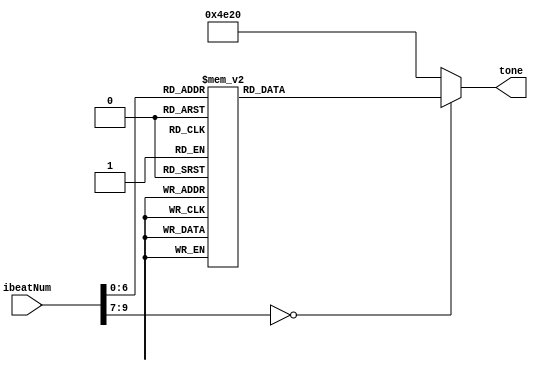
`define NM1 32'd262 //C_freq 1
`define NM2 32'd294 //D_freq 2
`define NM3 32'd330 //E_freq 3
`define NM4 32'd349 //F_freq 4
`define NM5 32'd392 //G_freq 5
`define NM6 32'd415 //A_freq 6//
`define NM7 32'd466 //B_freq 7//
`define NM8 32'd196 //G-_freq 5-
`define NM9 32'd220 //A-_freq 6-
`define NM10 32'd247 //B-_freq 7-
`define NM11 32'd524 //C+_freq 1+
`define NM12 32'd588 //D+_freq 2+
`define NM13 32'd277 //D_freq- b2
`define NM14 32'd311 //D_freq+ #2
`define NM15 32'd622 //E_freq+ 3+//
`define NM16 32'd554 //D_freq+ #2+
`define NM17 32'd698 //F_freq+ 4+
`define NM18 32'd740 //F_freq+ #4+
`define NM19 32'd784 //G_freq+ 5+
`define NM20 32'd830 //A_freq+ 6+//
`define NM21 32'd932 //B_freq+ 7+//
`define NM22 32'd1048 //C_freq++ 1+
`define NM23 32'd1176 //D_freq++ 2+
`define NM24 32'd1245 //E_freq++ 3+//

`define NM0 32'd20000 //slience (over freq.)

module Music_lose (
	input [9:0] ibeatNum,	
	output reg [31:0] tone
);

always @(*) begin
	case (ibeatNum)		// 1/4 beat
		10'd0 : tone = `NM5;
		10'd1 : tone = `NM5;
		10'd2 : tone = `NM7;
		10'd3 : tone = `NM7;
		10'd4 : tone = `NM11;
		10'd5 : tone = `NM11;
		10'd6 : tone = `NM15;
		10'd7 : tone = `NM15;
		//2
		10'd8 : tone = `NM17;
		10'd9 : tone = `NM17;
		10'd10 : tone = `NM17;
		10'd11 : tone = `NM17;
		10'd12 : tone = `NM15;
		10'd13 : tone = `NM15;
		10'd14 : tone = `NM17;
		10'd15 : tone = `NM17;
		10'd16 : tone = `NM19;
		10'd17 : tone = `NM19;
		10'd18 : tone = `NM19;
		10'd19 : tone = `NM19;
		10'd20 : tone = `NM15;
		10'd21 : tone = `NM15;
		10'd22 : tone = `NM11;
		10'd23 : tone = `NM11;
		//3
		10'd24 : tone = `NM7;
		10'd25 : tone = `NM7;
		10'd26 : tone = `NM5;
		10'd27 : tone = `NM5;
		10'd28 : tone = `NM15;
		10'd29 : tone = `NM15;
		10'd30 : tone = `NM17;
		10'd31 : tone = `NM17;
		10'd32 : tone = `NM11;
		10'd33 : tone = `NM11;
		10'd34 : tone = `NM11;
		10'd35 : tone = `NM11;
		10'd36 : tone = `NM11; //1
		10'd37 : tone = `NM11;
		10'd38 : tone = `NM15; //2
		10'd39 : tone = `NM15;
		//4
		10'd40 : tone = `NM17; //3
		10'd41 : tone = `NM17;
		10'd42 : tone = `NM17;
		10'd43 : tone = `NM17;
		10'd44 : tone = `NM15; //2
		10'd45 : tone = `NM15;
		10'd46 : tone = `NM17; //1
		10'd47 : tone = `NM17;
		10'd48 : tone = `NM19; //7-
		10'd49 : tone = `NM19;
		10'd50 : tone = `NM19; //6-
		10'd51 : tone = `NM19;
		10'd52 : tone = `NM21; //7-
		10'd53 : tone = `NM21;
		10'd54 : tone = `NM22; //1
		10'd55 : tone = `NM22;
		//5
		10'd56 : tone = `NM24; //7-
		10'd57 : tone = `NM24;
		10'd58 : tone = `NM23; //6-
		10'd59 : tone = `NM23;
		10'd60 : tone = `NM22; //+5-
		10'd61 : tone = `NM23;
		10'd62 : tone = `NM22; //7-
		10'd63 : tone = `NM21;
		10'd64 : tone = `NM22;//repeat
		10'd65 : tone = `NM22;
		10'd66 : tone = `NM22;
		10'd67 : tone = `NM22;
		10'd68 : tone = `NM21;
		10'd69 : tone = `NM21;
		10'd70 : tone = `NM19;
		10'd71 : tone = `NM19;
		//6
		10'd72 : tone = `NM17;
		10'd73 : tone = `NM17;
		10'd74 : tone = `NM17;
		10'd75 : tone = `NM17;
		10'd76 : tone = `NM19;
		10'd77 : tone = `NM19;
		10'd78 : tone = `NM15;
		10'd79 : tone = `NM15;
		10'd80 : tone = `NM17;
		10'd81 : tone = `NM17;
		10'd82 : tone = `NM17;
		10'd83 : tone = `NM17;	
		10'd84 : tone = `NM15;
		10'd85 : tone = `NM15;
		10'd86 : tone = `NM17;
		10'd87 : tone = `NM17;
		//7
		10'd88 : tone = `NM19;
		10'd89 : tone = `NM19;
		10'd90 : tone = `NM19;
		10'd91 : tone = `NM11;
		10'd92 : tone = `NM15;
		10'd93 : tone = `NM17;
		10'd94 : tone = `NM15;
		10'd95 : tone = `NM15;
		10'd96 : tone = `NM11;
		10'd97 : tone = `NM11;
		10'd98 : tone = `NM11;
		10'd99 : tone = `NM11;
		10'd100 : tone = `NM11;
		10'd101 : tone = `NM11;
		10'd102 : tone = `NM7;
		10'd103 : tone = `NM7;
		//8
		10'd104 : tone = `NM11;	//6-
		10'd105 : tone = `NM11;
		10'd106 : tone = `NM7; //7-
		10'd107 : tone = `NM11;
		10'd108 : tone = `NM15;	//1
		10'd109 : tone = `NM15;
		10'd110 : tone = `NM17; //2
		10'd111 : tone = `NM17;
		10'd112 : tone = `NM19;	//3
		10'd113 : tone = `NM19;
		10'd114 : tone = `NM17;
		10'd115 : tone = `NM17;
		10'd116 : tone = `NM7; //6
		10'd117 : tone = `NM7;
		10'd118 : tone = `NM7; //5
		10'd119 : tone = `NM7;
		//9
		10'd120 : tone = `NM11; //3
		10'd121 : tone = `NM11;
		10'd122 : tone = `NM11;
		10'd123 : tone = `NM11;
		10'd124 : tone = `NM11; //6-
		10'd125 : tone = `NM11;
		10'd126 : tone = `NM11;
		10'd127 : tone = `NM11;	
		
		default : tone = `NM0;
	endcase
end

endmodule